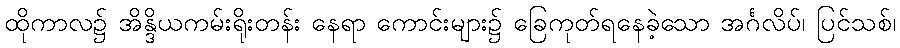
ထိုကာလ၌ အိန္ဒိယကမ်းရိုးတန်း နေရာ ကောင်းများ၌ ခြေကုတ်ရနေခဲ့သော အင်္ဂလိပ်၊ ပြင်သစ်၊